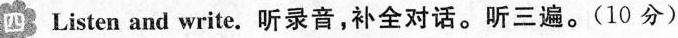
四 Listen and write.听录音，补全对话。听三遍。（10 分）